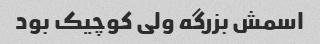
اسمش بزرگه ولی کوچیک بود